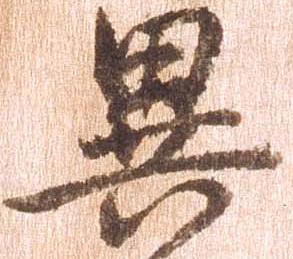
異